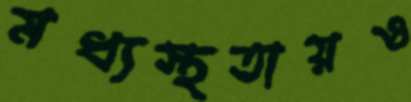
মধ্যস্থতায়ও